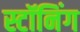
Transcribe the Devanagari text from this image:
स्टॉनिंग